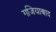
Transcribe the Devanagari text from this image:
गजियाबाद